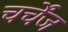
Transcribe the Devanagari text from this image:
चर्चेंज